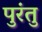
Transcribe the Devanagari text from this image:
पुरंतु